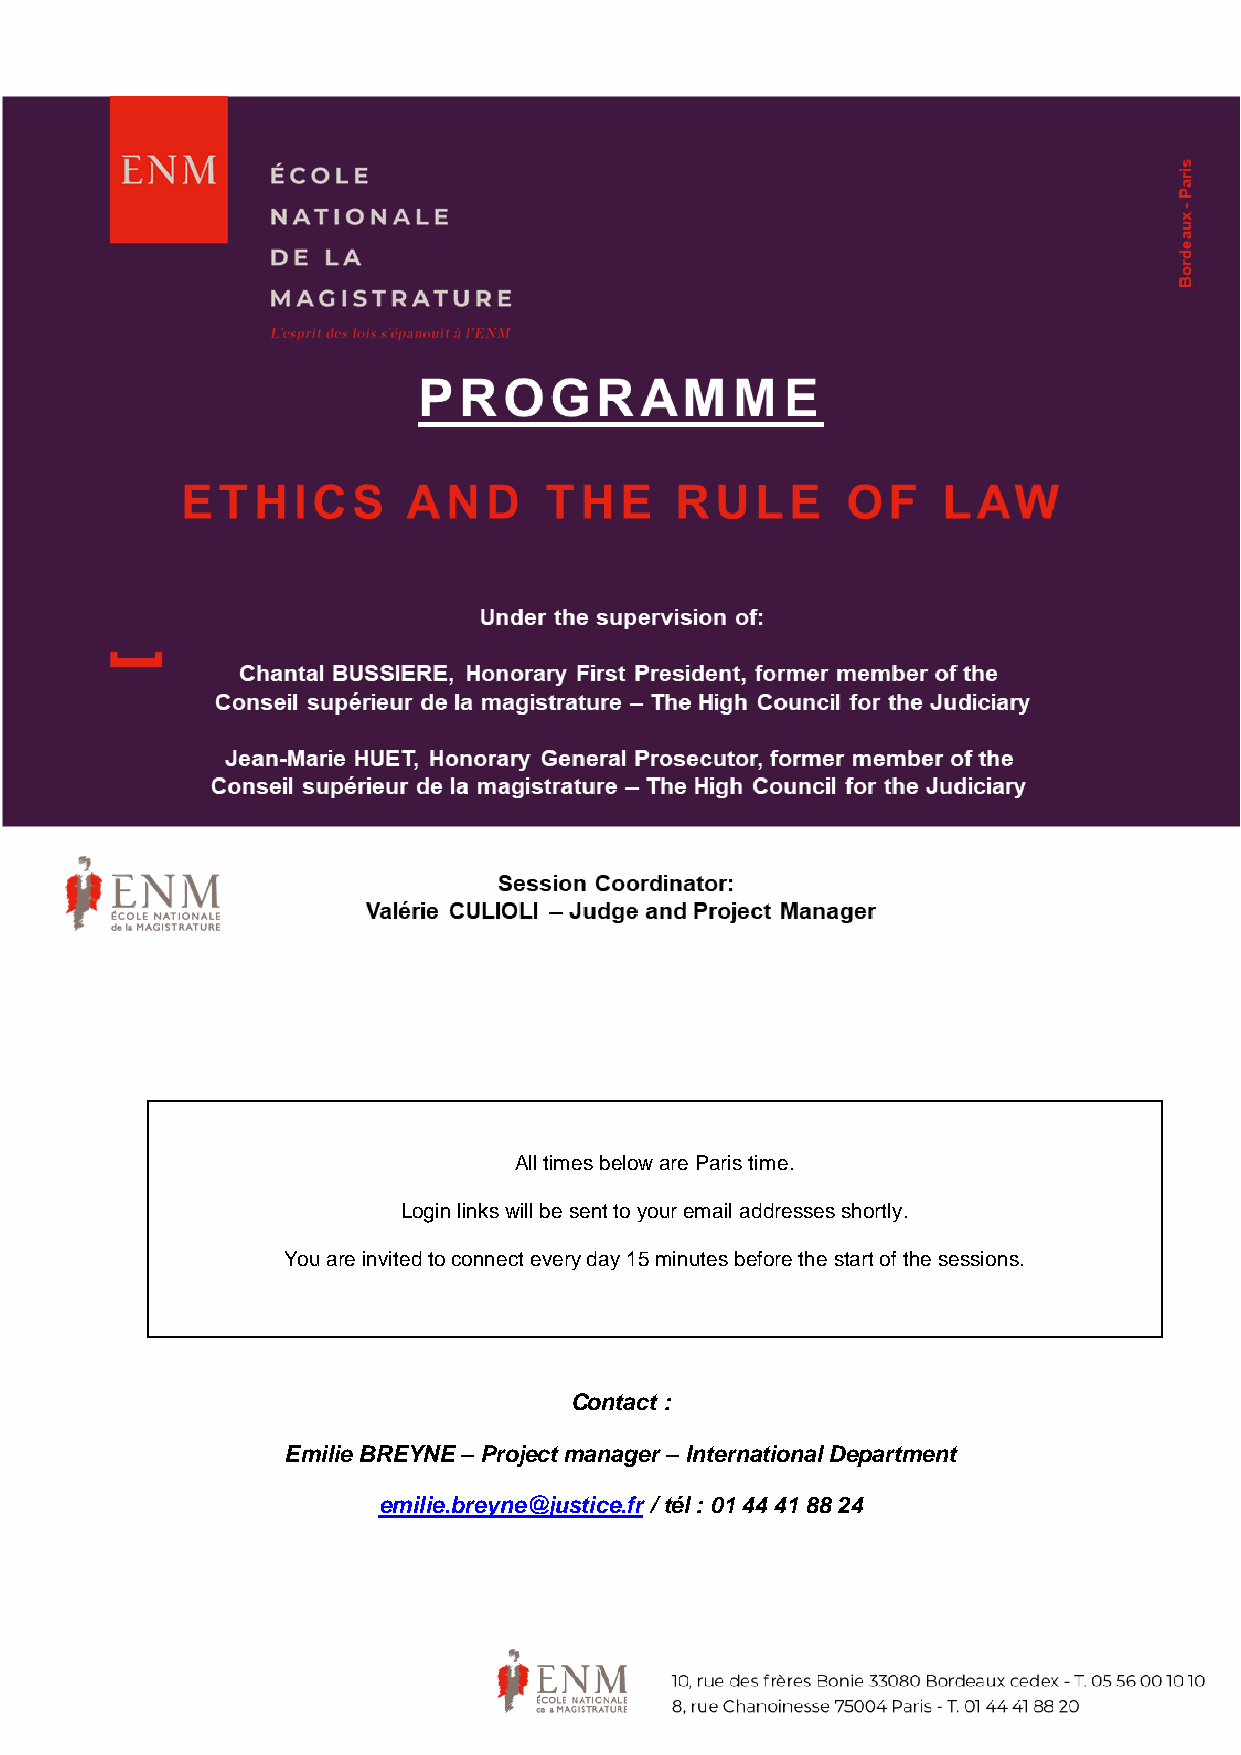
All times below are Paris time.
 Login links will be sent to your email addresses shortly.
 You are invited to connect every day 15 minutes before the start of the sessions.
 Contact :
 Emilie BREYNE – Project manager – International Department
 emilie.breyne@justice.fr / tél : 01 44 41 88 24